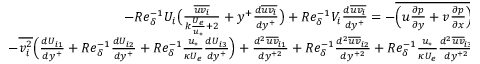
\begin{array} { r } { - R e _ { \delta } ^ { - 1 } U _ { i } \big ( \frac { \overline { { u v _ { i } } } } { k \frac { U _ { e } } { u _ { * } } + 2 } + y ^ { + } \frac { d \overline { { u v _ { i } } } } { d y ^ { + } } \big ) + R e _ { \delta } ^ { - 1 } V _ { i } \frac { d \overline { { u v _ { i } } } } { d y ^ { + } } = - \overline { { \Big ( u \frac { \partial p } { \partial y } + v \frac { \partial p } { \partial x } \Big ) } } _ { i } } \\ { - \overline { { v _ { i } ^ { 2 } } } \Big ( \frac { d U _ { i 1 } } { d y ^ { + } } + R e _ { \delta } ^ { - 1 } \frac { d U _ { i 2 } } { d y ^ { + } } + R e _ { \delta } ^ { - 1 } \frac { u _ { * } } { \kappa U _ { e } } \frac { d U _ { i 3 } } { d y ^ { + } } \Big ) + \frac { d ^ { 2 } \overline { { u v } } _ { i 1 } } { d y ^ { + 2 } } + R e _ { \delta } ^ { - 1 } \frac { d ^ { 2 } \overline { { u v } } _ { i 2 } } { d y ^ { + 2 } } + R e _ { \delta } ^ { - 1 } \frac { u _ { * } } { \kappa U _ { e } } \frac { d ^ { 2 } \overline { { u v } } _ { i 3 } } { d y ^ { + 2 } } . } \end{array}